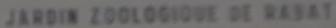
JARDIN ZOLOGIQUE DE N